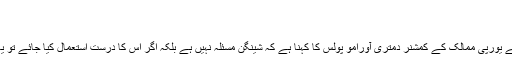
‘
’شینگن مسئلہ نہیں‘
تارکینِ وطن کے لیے یورپی ممالک کے کمشنر دمتری آورامو پُولس کا کہنا ہے کہ شینگن مسئلہ نہیں ہے بلکہ اگر اس کا درست استعمال کیا جائے تو یہ مسئلے کا حل ہے۔